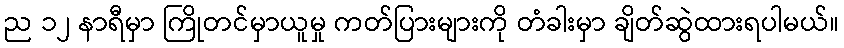
ည ၁၂ နာရီမှာ ကြိုတင်မှာယူမှု ကတ်ပြားများကို တံခါးမှာ ချိတ်ဆွဲထားရပါမယ်။